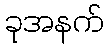
ခုအနက်